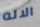
الاله